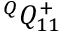
{ } ^ { Q } { Q } _ { 1 { 1 } } ^ { + }